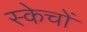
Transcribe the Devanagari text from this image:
स्केचों